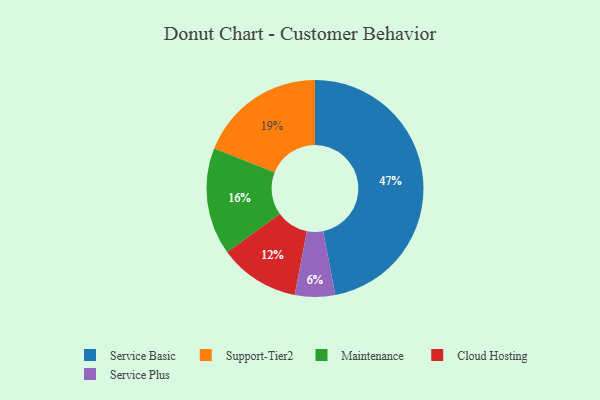
{"axis": {"x": "Category", "y": "Percentage"}, "legend": ["Cloud Hosting", "Maintenance", "Service Basic", "Service Plus", "Support-Tier2"], "data": [{"x": "Service Basic", "y": 47, "type": "Service Basic"}, {"x": "Maintenance", "y": 16, "type": "Maintenance"}, {"x": "Service Plus", "y": 6, "type": "Service Plus"}, {"x": "Support-Tier2", "y": 19, "type": "Support-Tier2"}, {"x": "Cloud Hosting", "y": 12, "type": "Cloud Hosting"}]}